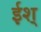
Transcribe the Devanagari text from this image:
ईश्